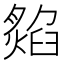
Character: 𤎡